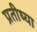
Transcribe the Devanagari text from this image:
प्रतीष्या